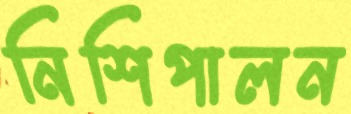
নিশিপালন